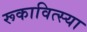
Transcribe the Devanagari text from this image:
रूकावित्स्या